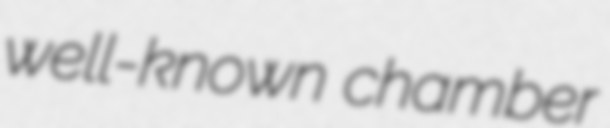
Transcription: well-known chamber